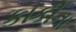
કાકીના